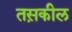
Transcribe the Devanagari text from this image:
तस़कील